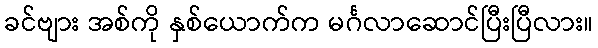
ခင်ဗျား အစ်ကို နှစ်ယောက်က မင်္ဂလာဆောင်ပြီးပြီလား။